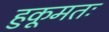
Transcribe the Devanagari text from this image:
हुकूमतः